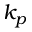
k _ { p }